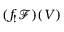
( f _ { ! } { \mathcal { F } } ) ( V )